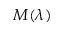
M ( \lambda )